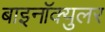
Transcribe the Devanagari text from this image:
बाइनॉक्युलर